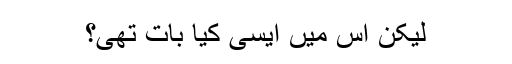
لیکن اس میں ایسی کیا بات تھی؟